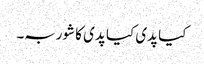
کیا پدی کیا پدی کا شوربہ۔